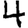
Digit: 4